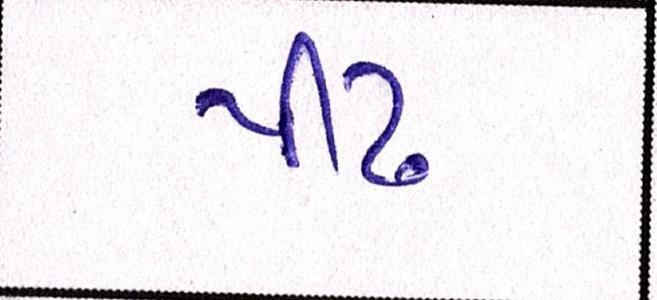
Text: પીઢ